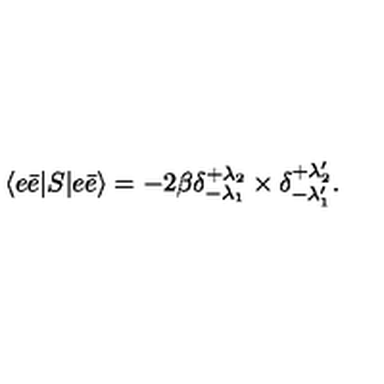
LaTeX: \langle e \bar { e } | S | e \bar { e } \rangle = - 2 \beta \delta _ { - \lambda _ { 1 } } ^ { + \lambda _ { 2 } } \times \delta _ { - \lambda _ { 1 } ^ { \prime } } ^ { + \lambda _ { 2 } ^ { \prime } } .